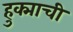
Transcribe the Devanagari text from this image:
हुक्माची